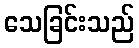
သေခြင်းသည်